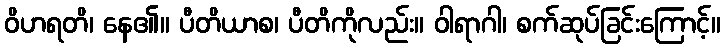
ဝိဟရတိ၊ နေ၏။ ပီတိယာစ၊ ပီတိကိုလည်း။ ဝါရာဂါ၊ စက်ဆုပ်ခြင်းကြောင့်။